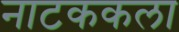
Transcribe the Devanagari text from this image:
नाटककला